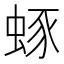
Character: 䖶